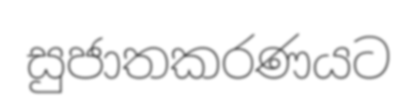
සුජාතකරණයට